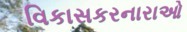
વિકાસકરનારાઓ